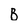
Character: B